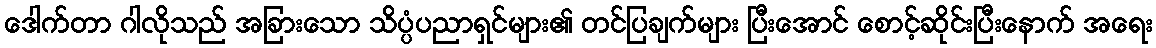
ဒေါက်တာ ဂါလိုသည် အခြားသော သိပ္ပံပညာရှင်များ၏ တင်ပြချက်များ ပြီးအောင် စောင့်ဆိုင်းပြီးနောက် အရေး